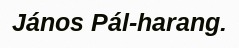
János Pál-harang.